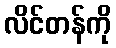
လိင်တန်ကို